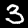
Digit: 3